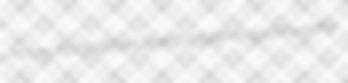
horny-hoofed ceride antisplasher quoteworthy